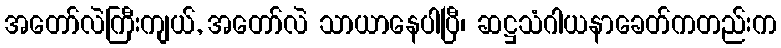
အတော်လဲကြီးကျယ်, အတော်လဲ သာယာနေပါပြီ၊ ဆဋ္ဌသံဂါယနာခေတ်ကတည်းက